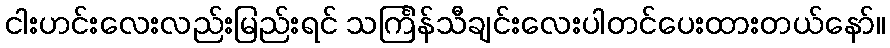
ငါးဟင်းလေးလည်းမြည်းရင် သင်္ကြန်သီချင်းလေးပါတင်ပေးထားတယ်နော်။